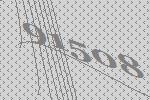
91508